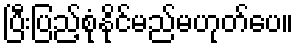
ပြီးပြည့်စုံနိုင်မည်မဟုတ်ပေ။